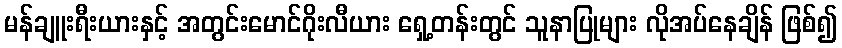
မန်ချူးရီးယားနှင့် အတွင်းမောင်ဂိုးလီယား ရှေ့တန်းတွင် သူနာပြုများ လိုအပ်နေချိန် ဖြစ်၍